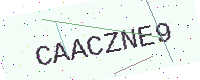
Text: CAACZNE9